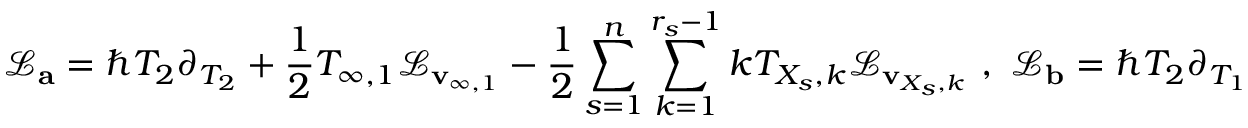
\mathcal { L } _ { \mathbf { a } } = \hbar T _ { 2 } \partial _ { T _ { 2 } } + \frac { 1 } { 2 } T _ { \infty , 1 } \mathcal { L } _ { \mathbf { v } _ { \infty , 1 } } - \frac { 1 } { 2 } \sum _ { s = 1 } ^ { n } \sum _ { k = 1 } ^ { r _ { s } - 1 } k T _ { X _ { s } , k } \mathcal { L } _ { \mathbf { v } _ { X _ { s } , k } } \, \, , \, \, \mathcal { L } _ { \mathbf { b } } = \hbar T _ { 2 } \partial _ { T _ { 1 } }